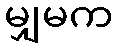
မျှမက